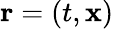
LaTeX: \mathbf{r}=\left(t,\mathbf{x}\right)